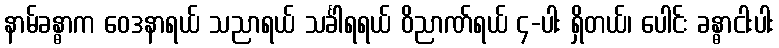
နာမ်ခန္ဓာက ဝေဒနာရယ် သညာရယ် သင်္ခါရရယ် ဝိညာဏ်ရယ် ၄-ပါး ရှိတယ်၊ ပေါင်း ခန္ဓာငါးပါး